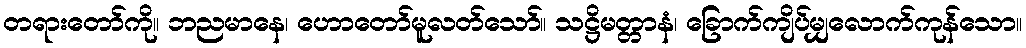
တရားတော်ကို။ ဘညမာနေ၊ ဟောတော်မူလတ်သော်။ သဋ္ဌိမတ္တာနံ၊ ခြောက်ကျိပ်မျှလောက်ကုန်သော။